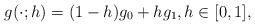
LaTeX: \begin{align*}g(\cdot; h) = (1-h) g_0 + h g_1, h \in [0,1],\end{align*}